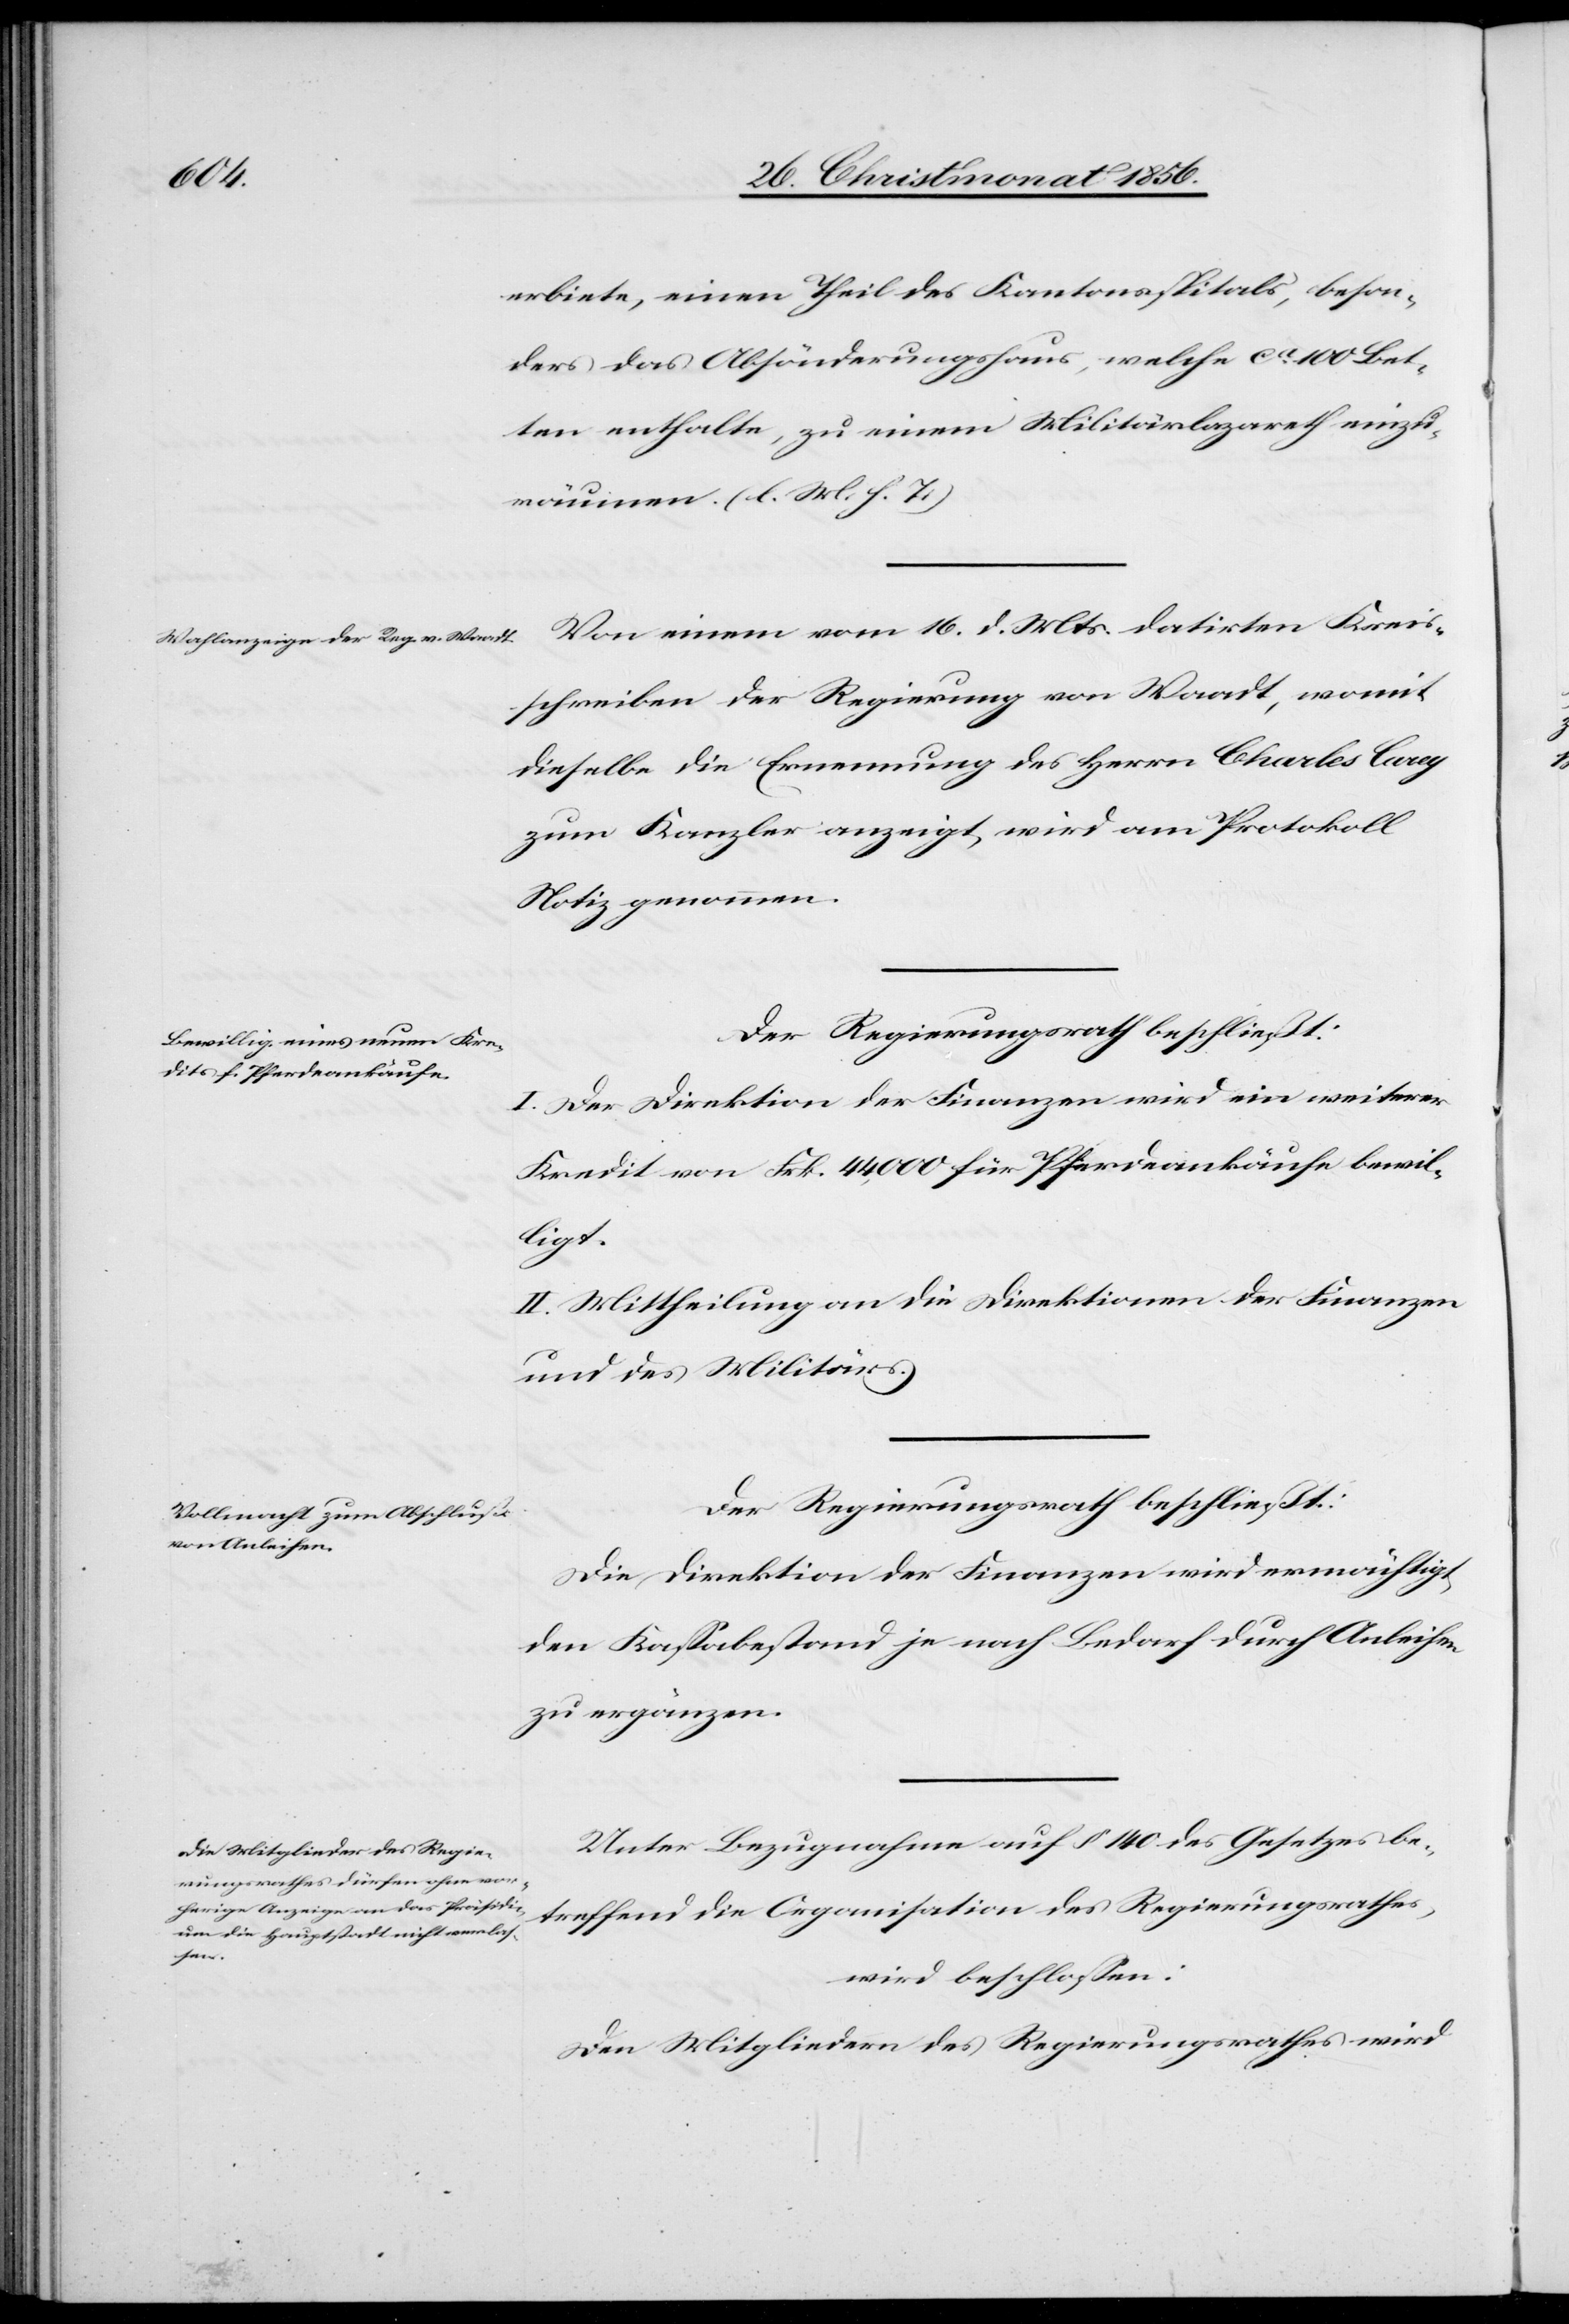
erbiete, einen Theil des Kantonsspitals, beson¬
ders das Absönderungshaus, welche [sic!]
ten enthalte, zu einem Militärlazareth einzu¬
räumen. (l. M. h. T.)
schreiben der Regierung von Waadt, womit
dieselbe die Ernennung des Herrn Charles Carey
zum Kanzler anzeigt, wird am Protokoll
Notiz genommen.
I. Der Direktion der Finanzen wird ein weiterer
Kredit von Frk. 44,000 für Pferdeankäufe bewil¬
ligt.
II. Mittheilung an die Direktionen der Finanzen
und des Militärs.
Der Regierungsrath beschließt:
Die Direktion der Finanzen wird ermächtigt,
den Kassabestand je nach Bedarf durch Anleihen
zu ergänzen.
Unter Bezugnahme auf § 140 des Gesetzes be¬
treffend die Organisation des Regierungsrathes,
Kreis¬
wird beschlossen:
Den Mitgliedern des Regierungsrathes wird